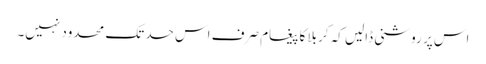
اس پر روشنی ڈالیں کہ کربلا کا پیغام صرف اس حد تک محدود نہیں۔